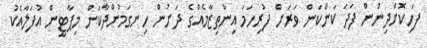
ފަހިކޮށްދިނުން ފަދަ ކަންކަން ވަރަށް ފުރިހަމަ އިންތިޒާމެއްގެ ދަށުން ހިނގަމުންދާކަން މިޕާޓީން އުފަލާއެކު